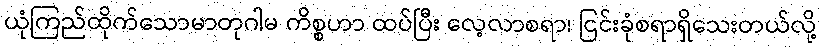
ယုံကြည်ထိုက်သောမာတုဂါမ ကိစ္စဟာ ထပ်ပြီး လေ့လာစရာ၊ ငြင်းခုံစရာရှိသေးတယ်လို့